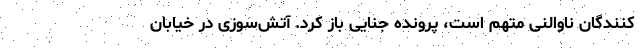
‌کنندگان ناوالنی متهم است، پرونده جنایی باز کرد. آتش‌سوزی در خیابان